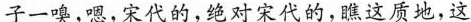
子一唣，嗯。宋代的，绝对宋代的，瞧这质地，这